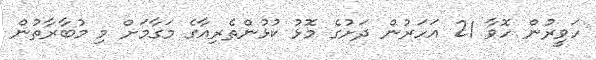
ހަވީރުން ހޮވާ 21 އަހަރުން ދަށުގެ މޮޅު ކުޅުންތެރިއާގެ މަގާމަށް މި މުބާރާތުން